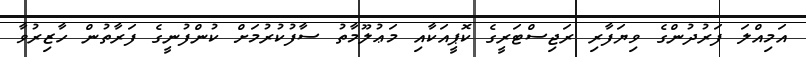
އަމިއްލަ ފަރުދުންގެ ވިޔަފާރި ރަޖިސްޓަރީގެ ކޮޕީއަކާއި މަޢުލޫމާތު ސާފުކުރުމަށް ކުންފުނީގެ ފަރާތުން ހާޒިރުވާ